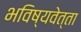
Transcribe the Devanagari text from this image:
भविष्यवेत्ता